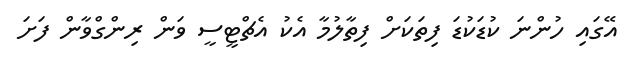
އޭގައި ހުންނަ ކުޑަކުޑަ ފިތަކަށް ފިތާލުމާ އެކު އެޗްޓީސީ ވަން ރިންގްވާން ފަށަ